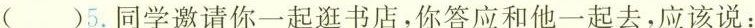
( )5.同学邀请你一起逛书店，你答应和他一起去，应该说：